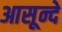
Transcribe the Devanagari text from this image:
आसून्दे